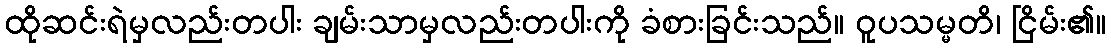
ထိုဆင်းရဲမှလည်းတပါး ချမ်းသာမှလည်းတပါးကို ခံစားခြင်းသည်။ ဝူပသမ္မတိ၊ ငြိမ်း၏။